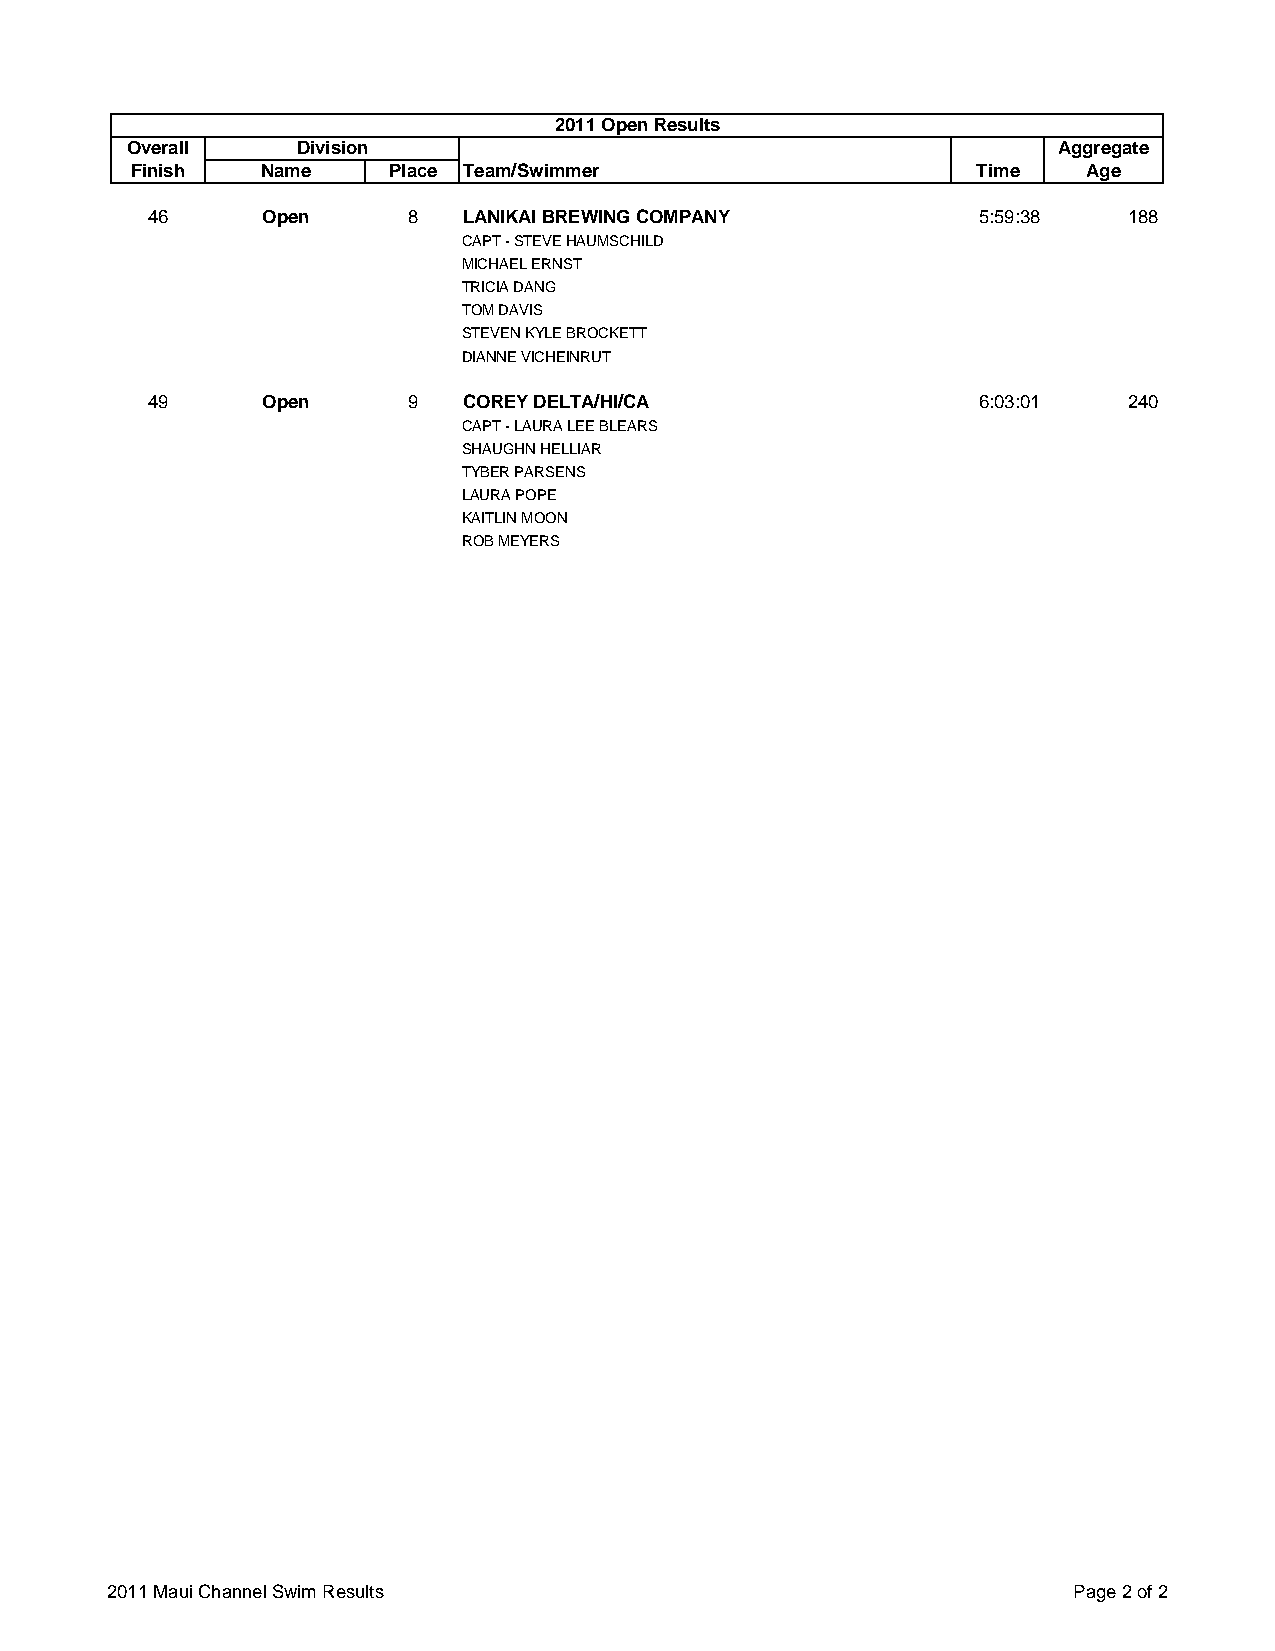
2011 Open Results
 Overall     Division                                          Aggregate
 Finish  Name     Place Team/Swimmer                     Time   Age
 46     Open      8   LANIKAI BREWING COMPANY           5:59:38   188
 CAPT - STEVE HAUMSCHILD
 MICHAEL ERNST
 TRICIA DANG
 TOM DAVIS
 STEVEN KYLE BROCKETT
 DIANNE VICHEINRUT
 49     Open      9   COREY DELTA/HI/CA                 6:03:01   240
 CAPT - LAURA LEE BLEARS
 SHAUGHN HELLIAR
 TYBER PARSENS
 LAURA POPE
 KAITLIN MOON
 ROB MEYERS
 2011 Maui Channel Swim Results                                  Page 2 of 2